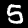
Label: 5